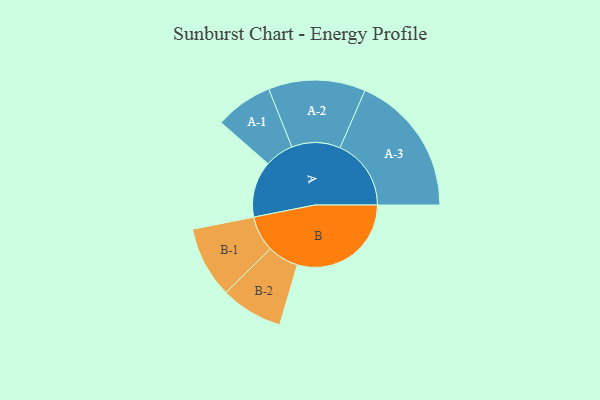
{"axis": {"x": "Segment", "y": "Value"}, "legend": ["", "A", "B"], "data": [{"x": "A", "y": 206, "type": ""}, {"x": "B", "y": 418, "type": ""}, {"x": "A-1", "y": 106, "type": "A"}, {"x": "A-2", "y": 178, "type": "A"}, {"x": "A-3", "y": 261, "type": "A"}, {"x": "B-1", "y": 131, "type": "B"}, {"x": "B-2", "y": 114, "type": "B"}]}